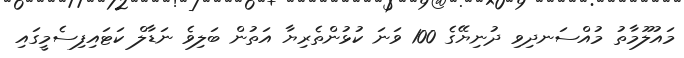
މައުލޫމާތު މުއްސަނދިވި ދުނިޔޭގެ 100 ވަނަ ކުޅުންތެރިޔާ އަތުން ބަލިވެ ނަޑާލް ކަޓައިފިސެމީގައި